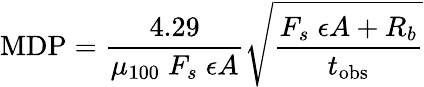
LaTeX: \mathrm{MDP}=\frac{4.29}{\mu_{100}\; F_{s}\; \epsilon A}\sqrt{\frac{F_{s}\; \epsilon A+R_{b}}{t_{\mathrm{obs}}}}